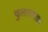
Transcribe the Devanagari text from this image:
चुलतकाका